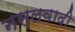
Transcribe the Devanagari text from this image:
नसलवादी